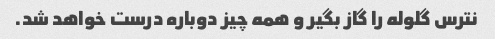
نترس گلوله را گاز بگیر و همه چیز دوباره درست خواهد شد.